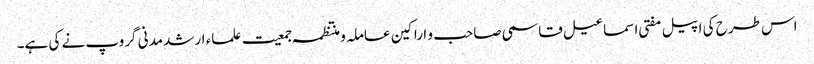
اس طرح کی اپیل مفتی اسماعیل قاسمی صاحب و اراکین عاملہ و منتظمہ جمعیت علماء ارشد مدنی گروپ نے کی ہے۔